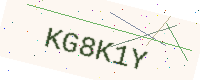
Text: KG8K1Y